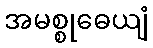
အမစ္စုဓေယျံ